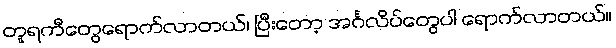
တူရကီတွေရောက်လာတယ်၊ ပြီးတော့ အင်္ဂလိပ်တွေပါ ရောက်လာတယ်။